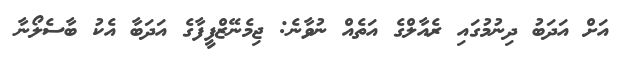
އަށް އަދަބު ދިނުމުގައި ރެއާލްގެ އަތެއް ނުވާނެ: ޖިމެނޭޒްފީފާގެ އަދަބާ އެކު ބާސެލޯނާ